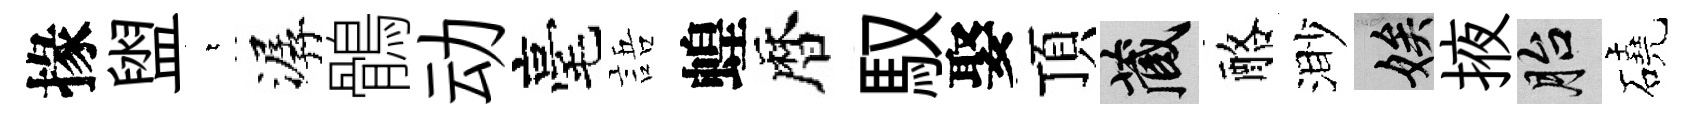
掾盥萋潺鶻动毫語蝗暦馭娶頂藏酪渺娭掖胎磽